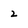
Character: 2